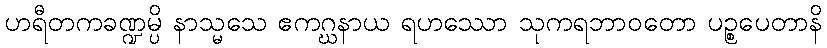
ဟရီတကခဏ္ဍမ္ပိ နာသ္မသေ ဧကဂ္ဃနာယ ရဟဿော သုကရဘာဝတော ပဉ္စပေတာနိ